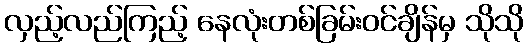
လှည့်လည်ကြည့် နေလုံးတစ်ခြမ်းဝင်ချိန်မှ သိုသို